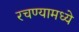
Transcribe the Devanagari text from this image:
रचण्यामध्ये